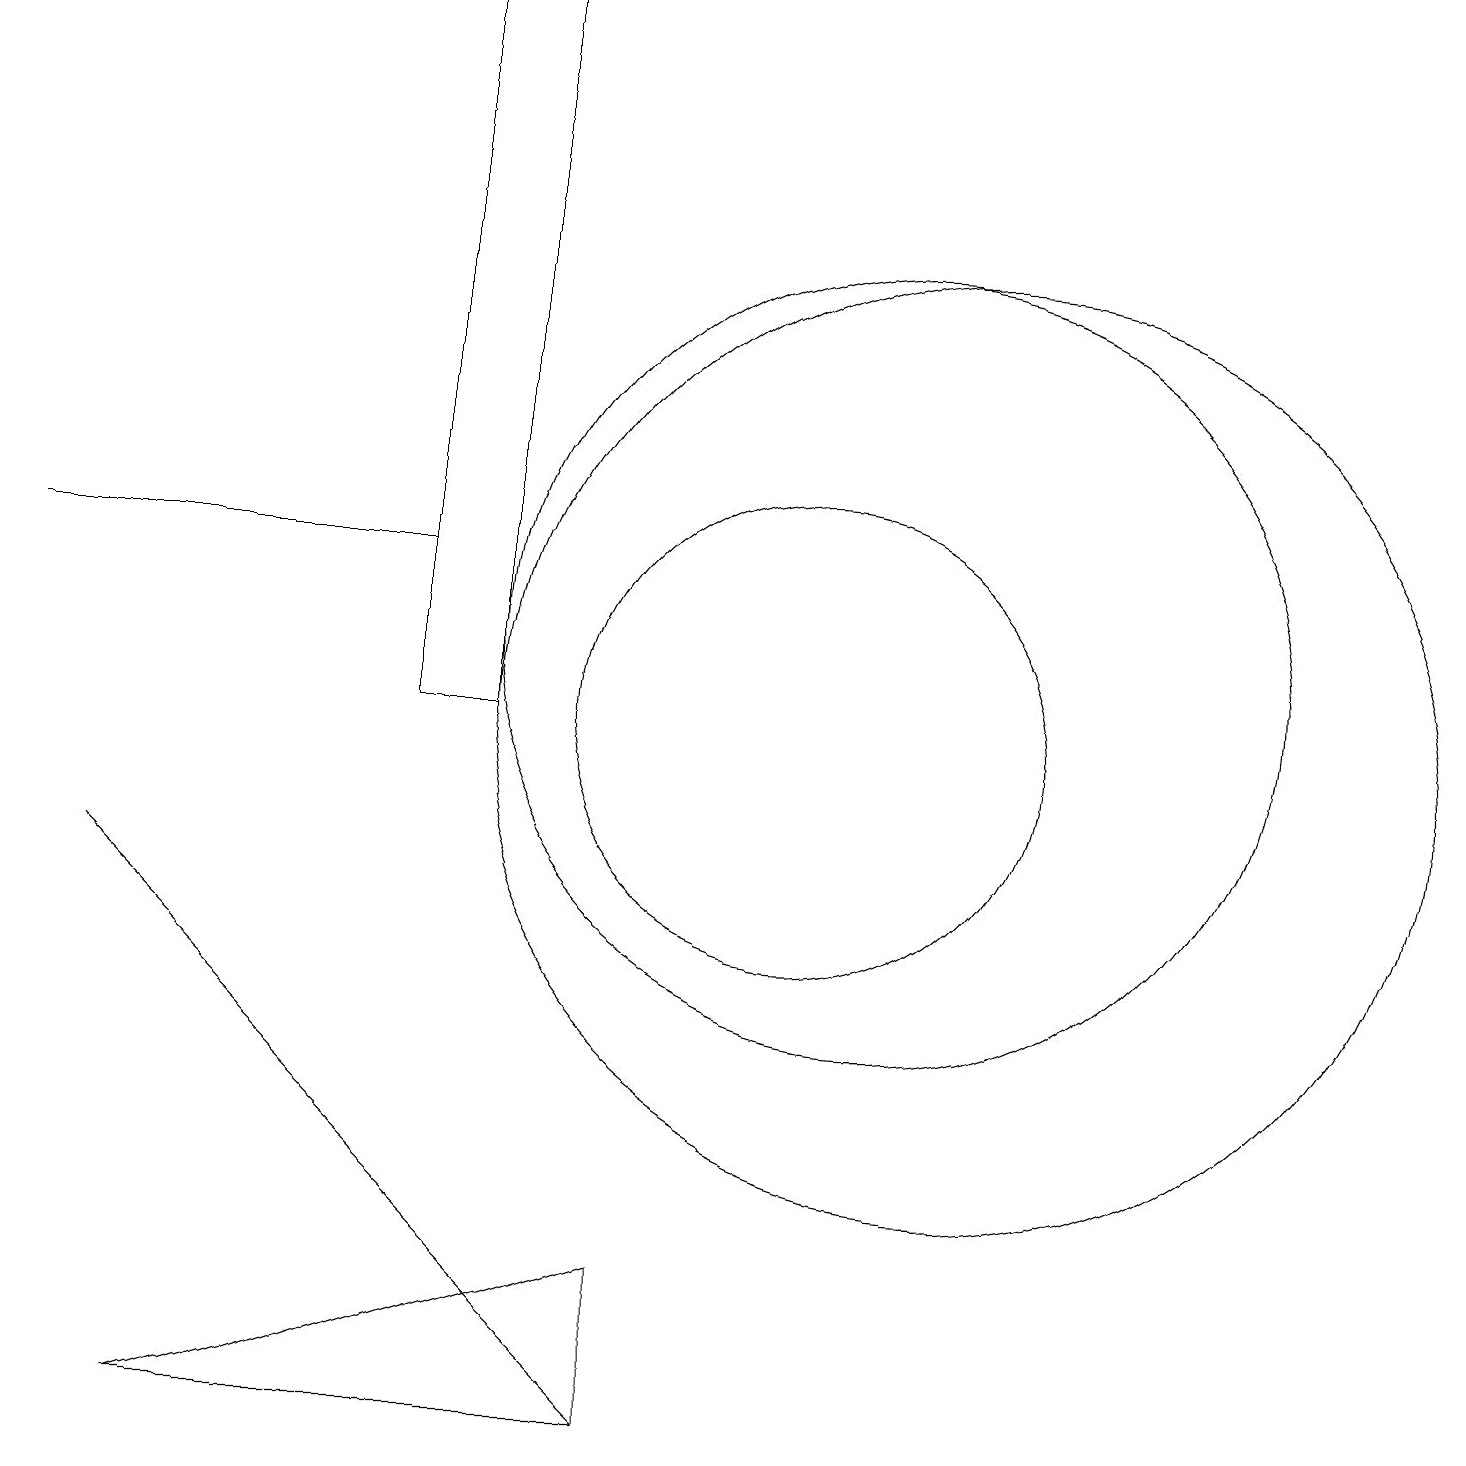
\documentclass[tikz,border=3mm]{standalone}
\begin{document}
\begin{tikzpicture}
\draw (0,12) rectangle (5,12);
\draw (5,10) rectangle (6,19);
\draw (11,11) circle (5);
\draw (10,10) circle (3);
\draw (8,3) -- (2,1) -- (8,1) -- cycle;
\draw (8,1) -- (1,8) -- (6,3) -- cycle;
\draw (12,10) circle (6);
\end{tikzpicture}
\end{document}